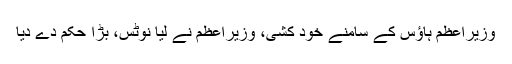
وزیراعظم ہاؤس کے سامنے خود کشی، وزیراعظم نے لیا نوٹس، بڑا حکم دے دیا